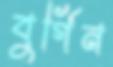
বুর্গিন